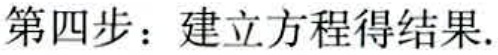
第四步：建立方程得结果.